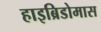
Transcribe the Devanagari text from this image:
हाइब्रिडोमास